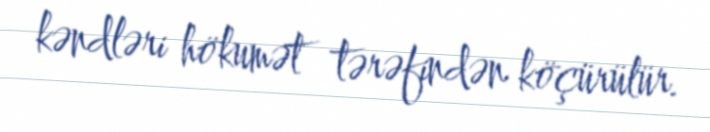
kəndləri hökumət tərəfindən köçürülür.